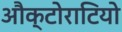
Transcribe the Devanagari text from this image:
औक्टोराटियो